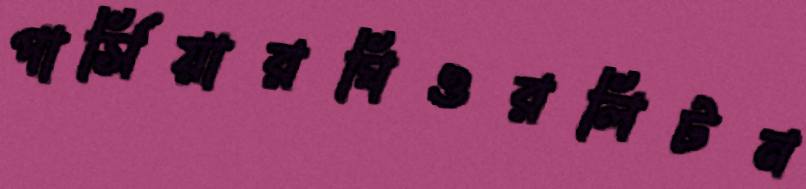
পার্সিয়ারঘিওরলিটন